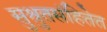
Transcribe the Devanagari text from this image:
सुश्रुतसंहितेत